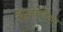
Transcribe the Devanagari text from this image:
चेप्टलाइजेशन